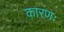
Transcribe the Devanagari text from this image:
कारणः